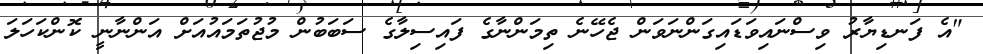
"އެ ފަނޑިޔާރު ވިސްނައިވަޑައިގަންނަވަން ޖެހޭނެ ތިމަންނާގެ ފައިސިލާގެ ސަބަބުން މުޖުތަމައުއަށް އަންނާނީ ކޮންކަހަލަ